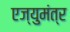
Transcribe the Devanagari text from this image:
एज्युमंत्र